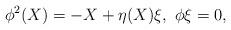
LaTeX: \begin{align*}\phi^2(X) = -X+\eta(X)\xi,\ \phi \xi=0,\end{align*}